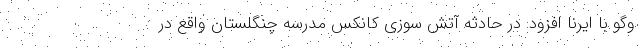
وگو با ایرنا افزود: در حادثه آتش سوزی کانکس مدرسه چنگلستان واقع در